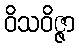
ဝိသဝိဇ္ဇာ